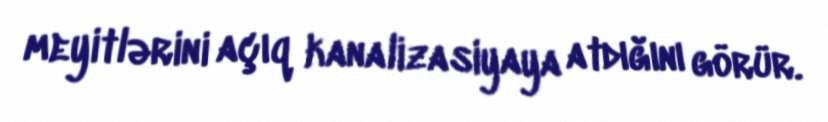
meyitlərini açıq kanalizasiyaya atdığını görür.